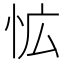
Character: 𭜡